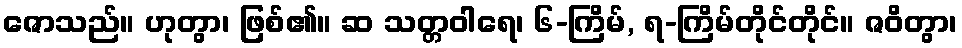
ဇောသည်။ ဟုတွာ၊ ဖြစ်၏။ ဆ သတ္တဝါရေ၊ ၆-ကြိမ်, ရ-ကြိမ်တိုင်တိုင်။ ဇဝိတွာ၊